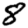
Digit: 8